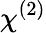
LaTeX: \chi^{(2)}